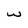
Character: w